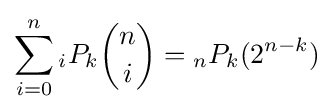
\sum _{i=0}^{n}{}_{i}P_{k}{n \choose i}={}_{n}P_{k}(2^{n-k})